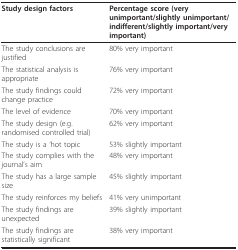
| Study design factors | Percentage score (very unimportant/slightly unimportant/indifferent/slightly important/very important) |
 | --- | --- |
 | The study conclusions are justified | 80% very important |
 | The statistical analysis is appropriate | 76% very important |
 | The study findings could change practice | 72% very important |
 | The level of evidence | 70% very important |
 | The study design (e.g. randomised controlled trial) | 62% very important |
 | The study is a 'hot topic | 53% slightly important |
 | The study complies with the journal's aim | 48% very important |
 | The study has a large sample size | 45% slightly important |
 | The study reinforces my beliefs | 41% very unimportant |
 | The study findings are unexpected | 39% slightly important |
 | The study findings are statistically significant | 38% very important |